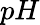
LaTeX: pH